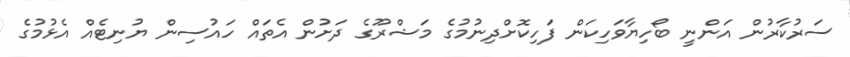
ސަރުކާރުން އަންނީ ބޯހިޔާވަހިކަން ފަހިކޮށްދިނުމުގެ މަޝްރޫގެ ދަށުން އެތައް ހައުސިން ޔުނިޓެއް އެޅުމުގެ